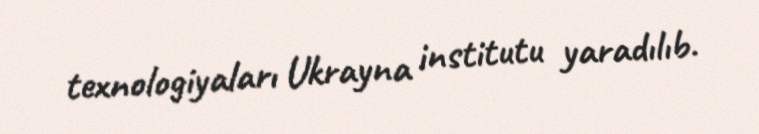
texnologiyaları Ukrayna institutu yaradılıb.